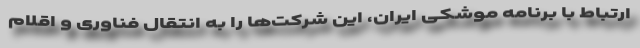
ارتباط با برنامه موشکی ایران، این شرکت‌ها را به انتقال فناوری و اقلام